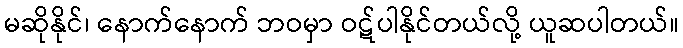
မဆိုနိုင်၊ နောက်နောက် ဘဝမှာ ဝဋ်ပါနိုင်တယ်လို့ ယူဆပါတယ်။